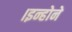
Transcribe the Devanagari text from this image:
।इन्होने